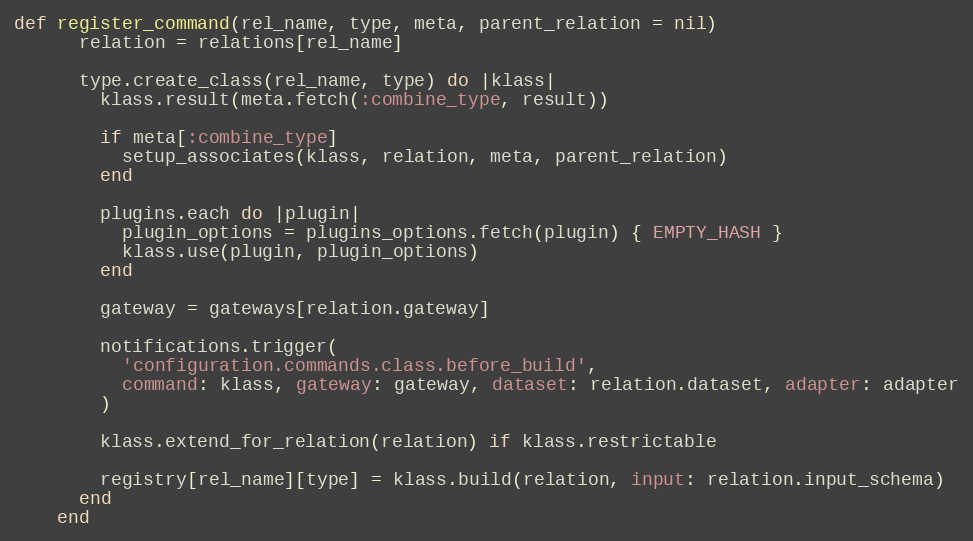
Language: Ruby
def register_command(rel_name, type, meta, parent_relation = nil)
      relation = relations[rel_name]

      type.create_class(rel_name, type) do |klass|
        klass.result(meta.fetch(:combine_type, result))

        if meta[:combine_type]
          setup_associates(klass, relation, meta, parent_relation)
        end

        plugins.each do |plugin|
          plugin_options = plugins_options.fetch(plugin) { EMPTY_HASH }
          klass.use(plugin, plugin_options)
        end

        gateway = gateways[relation.gateway]

        notifications.trigger(
          'configuration.commands.class.before_build',
          command: klass, gateway: gateway, dataset: relation.dataset, adapter: adapter
        )

        klass.extend_for_relation(relation) if klass.restrictable

        registry[rel_name][type] = klass.build(relation, input: relation.input_schema)
      end
    end